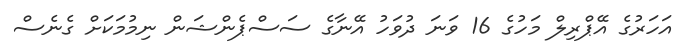
އަހަރުގެ އޭޕްރިލް މަހުގެ 16 ވަނަ ދުވަހު އޭނާގެ ސަސްޕެންޝަން ނިމުމަކަށް ގެނެސް